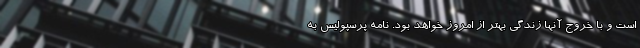
است و با خروج آنها زندگی بهتر از امروز خواهد بود. نامه پرسپولیس به